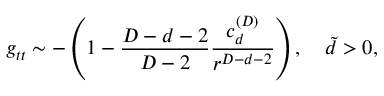
g _ { t t } \sim - \left( 1 - { \frac { D - d - 2 } { D - 2 } } { \frac { c _ { d } ^ { ( D ) } } { r ^ { D - d - 2 } } } \right) , \ \ \ \tilde { d } > 0 ,